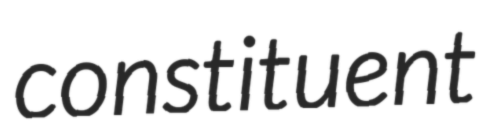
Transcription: constituent